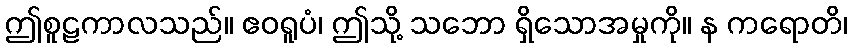
ဤစူဠကာလသည်။ ဧဝရူပံ၊ ဤသို့ သဘော ရှိသောအမှုကို။ န ကရောတိ၊